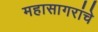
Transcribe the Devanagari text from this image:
महासागरांचे